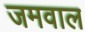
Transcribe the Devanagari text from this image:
जमवाल